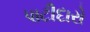
પાટીદારો